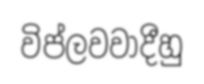
විප්ලවවාදීහු